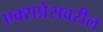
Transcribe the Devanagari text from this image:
एक्सप्रेसवरील